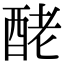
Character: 𨠬